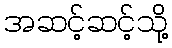
အဆင့်ဆင့်သို့